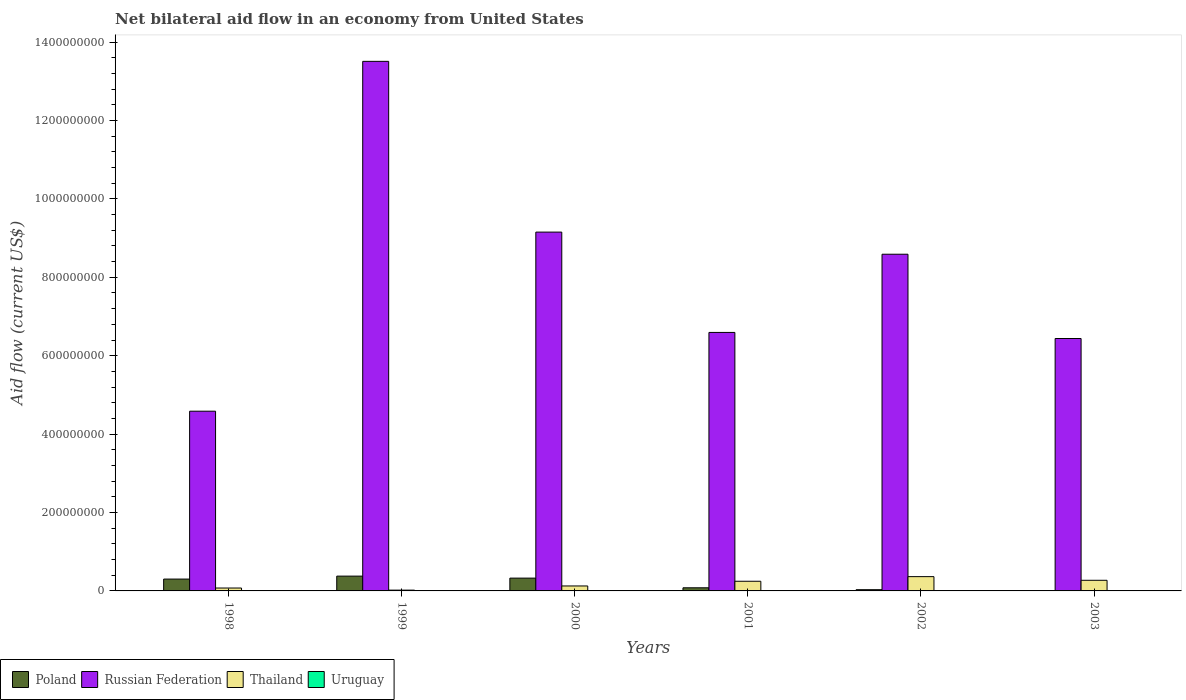
| Years | Poland | Russian Federation | Thailand | Uruguay |
 | --- | --- | --- | --- | --- |
 | 1998 | 3.02e+07 | 4.58e+08 | 7.39e+06 | 4.8e+05 |
 | 1999 | 3.77e+07 | 1.35e+09 | 2.02e+06 | 4.3e+05 |
 | 2000 | 3.27e+07 | 9.15e+08 | 1.26e+07 | 3.4e+05 |
 | 2001 | 7.97e+06 | 6.59e+08 | 2.46e+07 | -1.67e+06 |
 | 2002 | 3.12e+06 | 8.59e+08 | 3.64e+07 | -1.74e+06 |
 | 2003 | 8.6e+05 | 6.44e+08 | 2.71e+07 | -1.9e+06 |